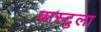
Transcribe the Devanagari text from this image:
बास्टुला